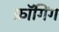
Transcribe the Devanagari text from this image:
फ्रॉगिंग